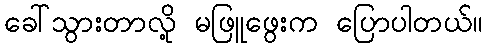
ခေါ်သွားတာလို့ မဖြူဖွေးက ပြောပါတယ်။